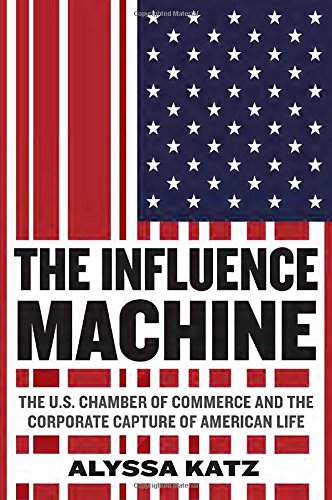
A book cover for The Influence Machine: The U.S. Chamber of Commerce and the Corporate Capture of American Life; Alyssa Katz; Business & Money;